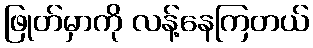
ဖြုတ်မှာကို လန့်နေကြတယ်